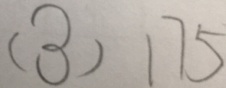
( 3 ) 1 7 5